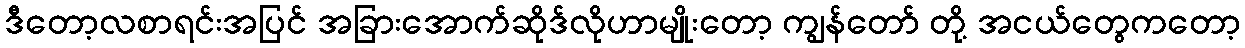
ဒီတော့လစာရင်းအပြင် အခြားအောက်ဆိုဒ်လိုဟာမျိုးတော့ ကျွန်တော် တို့ အငယ်တွေကတော့